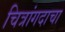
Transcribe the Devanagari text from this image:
चित्रांगदाचा